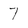
Character: 7